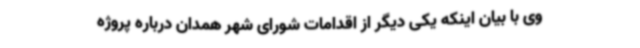
وی با بیان اینکه یکی دیگر از اقدامات شورای شهر همدان درباره پروژه